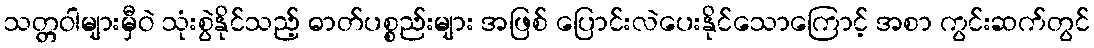
သတ္တဝါများမှီဝဲ သုံးစွဲနိုင်သည့် ဓာတ်ပစ္စည်းများ အဖြစ် ပြောင်းလဲပေးနိုင်သောကြောင့် အစာ ကွင်းဆက်တွင်